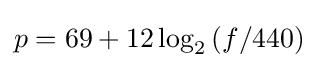
p=69+12\log _{2}{(f/440)}